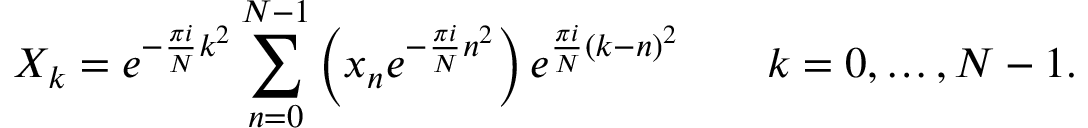
X _ { k } = e ^ { - { \frac { \pi i } { N } } k ^ { 2 } } \sum _ { n = 0 } ^ { N - 1 } \left( x _ { n } e ^ { - { \frac { \pi i } { N } } n ^ { 2 } } \right) e ^ { { \frac { \pi i } { N } } ( k - n ) ^ { 2 } } \qquad k = 0 , \dots , N - 1 .